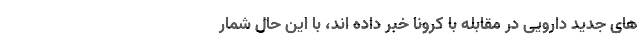
های جدید دارویی در مقابله با کرونا خبر داده اند، با این حال شمار